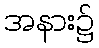
အနား၌